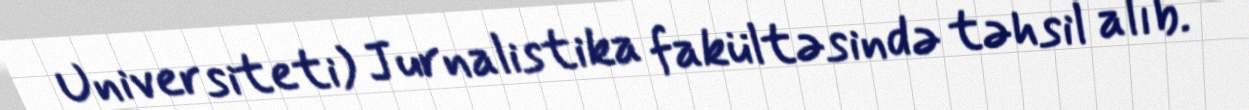
Universiteti) Jurnalistika fakültəsində təhsil alıb.